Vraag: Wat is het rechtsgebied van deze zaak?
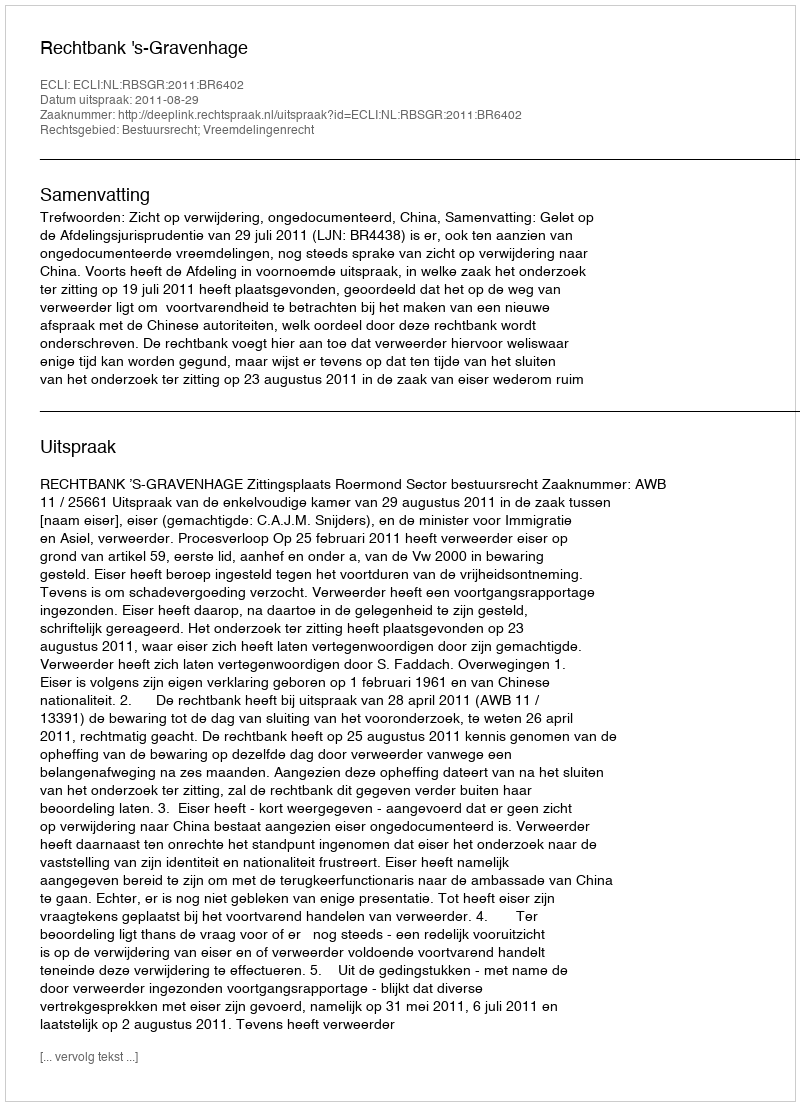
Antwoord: Bestuursrecht; Vreemdelingenrecht